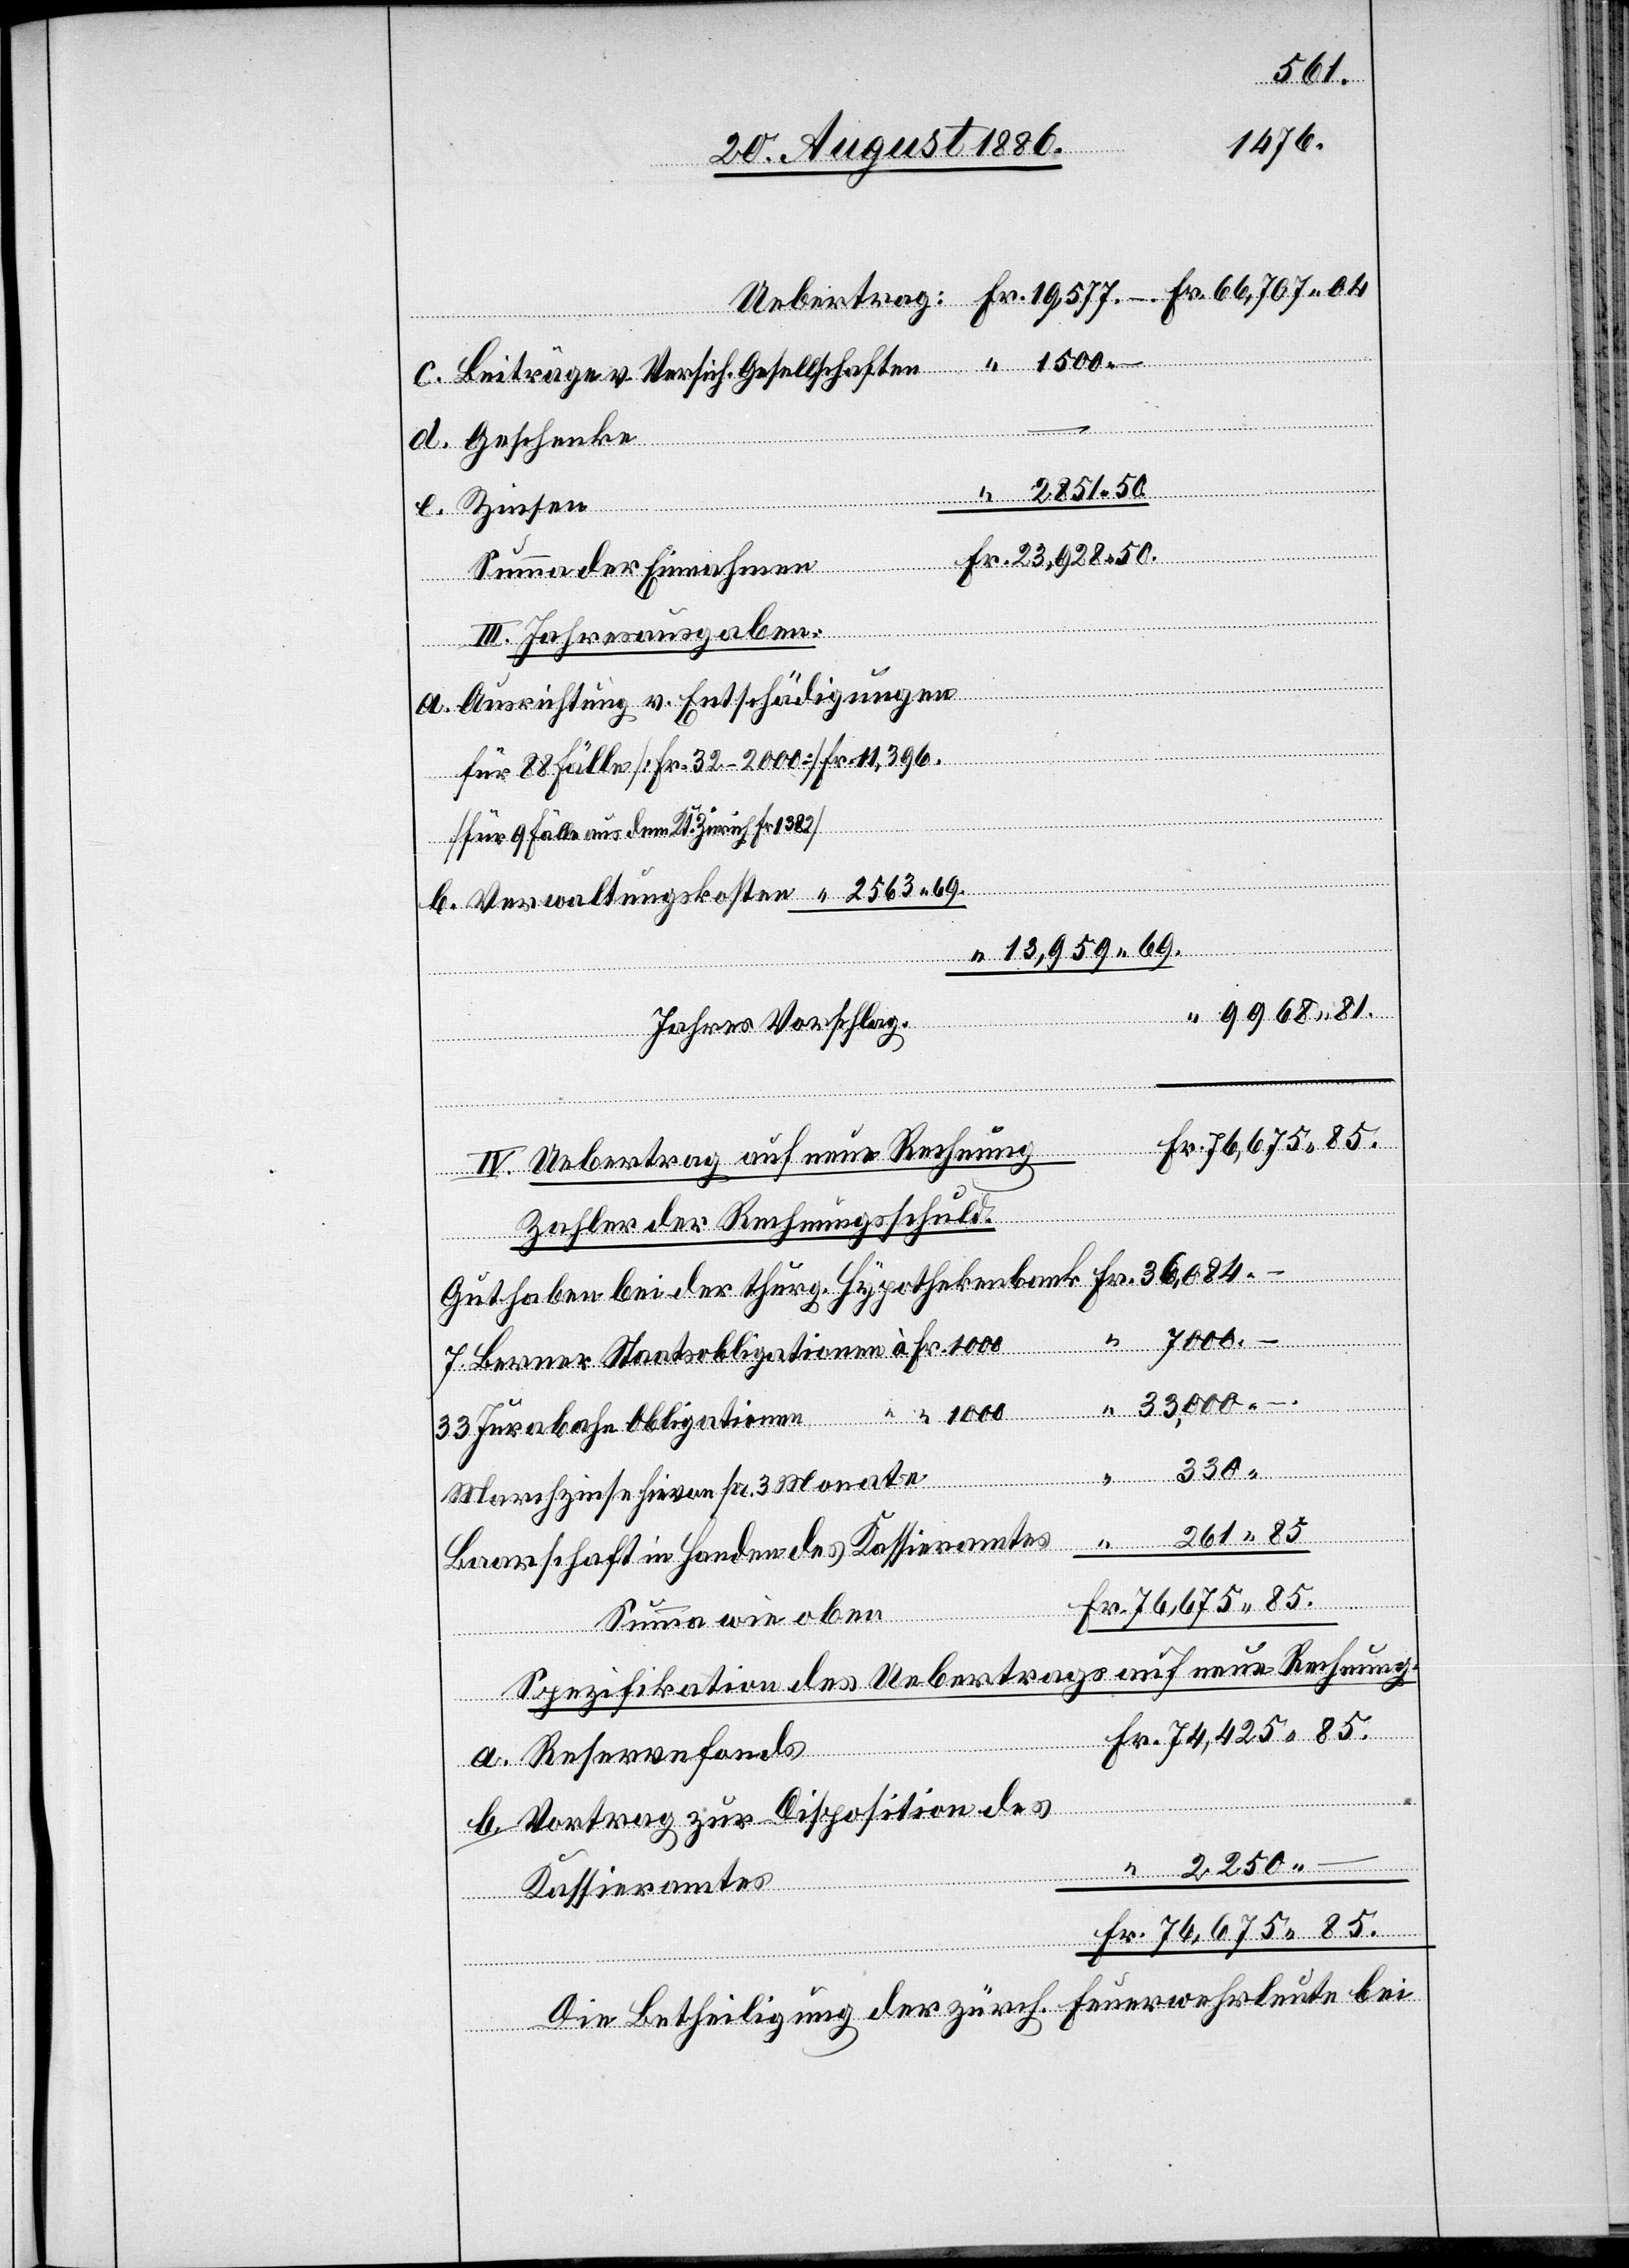
7000.
11,396.
Beiträge v. Versich. Gesellschaften
–
e.
Zinsen
III. Jahresausgaben:
Ausrichtung v. Entschädigungen
Geschenke
c.
[für 9 Fälle aus dem Kt. Zürich Fr. 1382]
13,959 69.
9968 81.
Jahres Vorschlag.
Reservefonds
76,675 85.
IV. Uebertrag auf neue Rechnung
Zahler der Rechnungsschuld.
7 Berner Staatsobligationen à Fr. 1000
33 Jurabahn Obligationen “ “ 1000
Fr.
330. –
Marchzinse hievon pr. 3 Monate
261 85.
Baarschaft in Handen des Kassieramtes
Summa wie oben
Spezifikation des Uebertrags auf neue Rechnung.
Vortrag zur Disposition des
Kassieramtes
Die Betheiligung der zürch. Feuerwehrleute bei